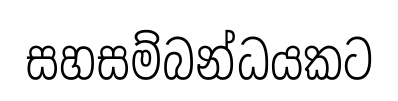
සහසම්බන්ධයකට